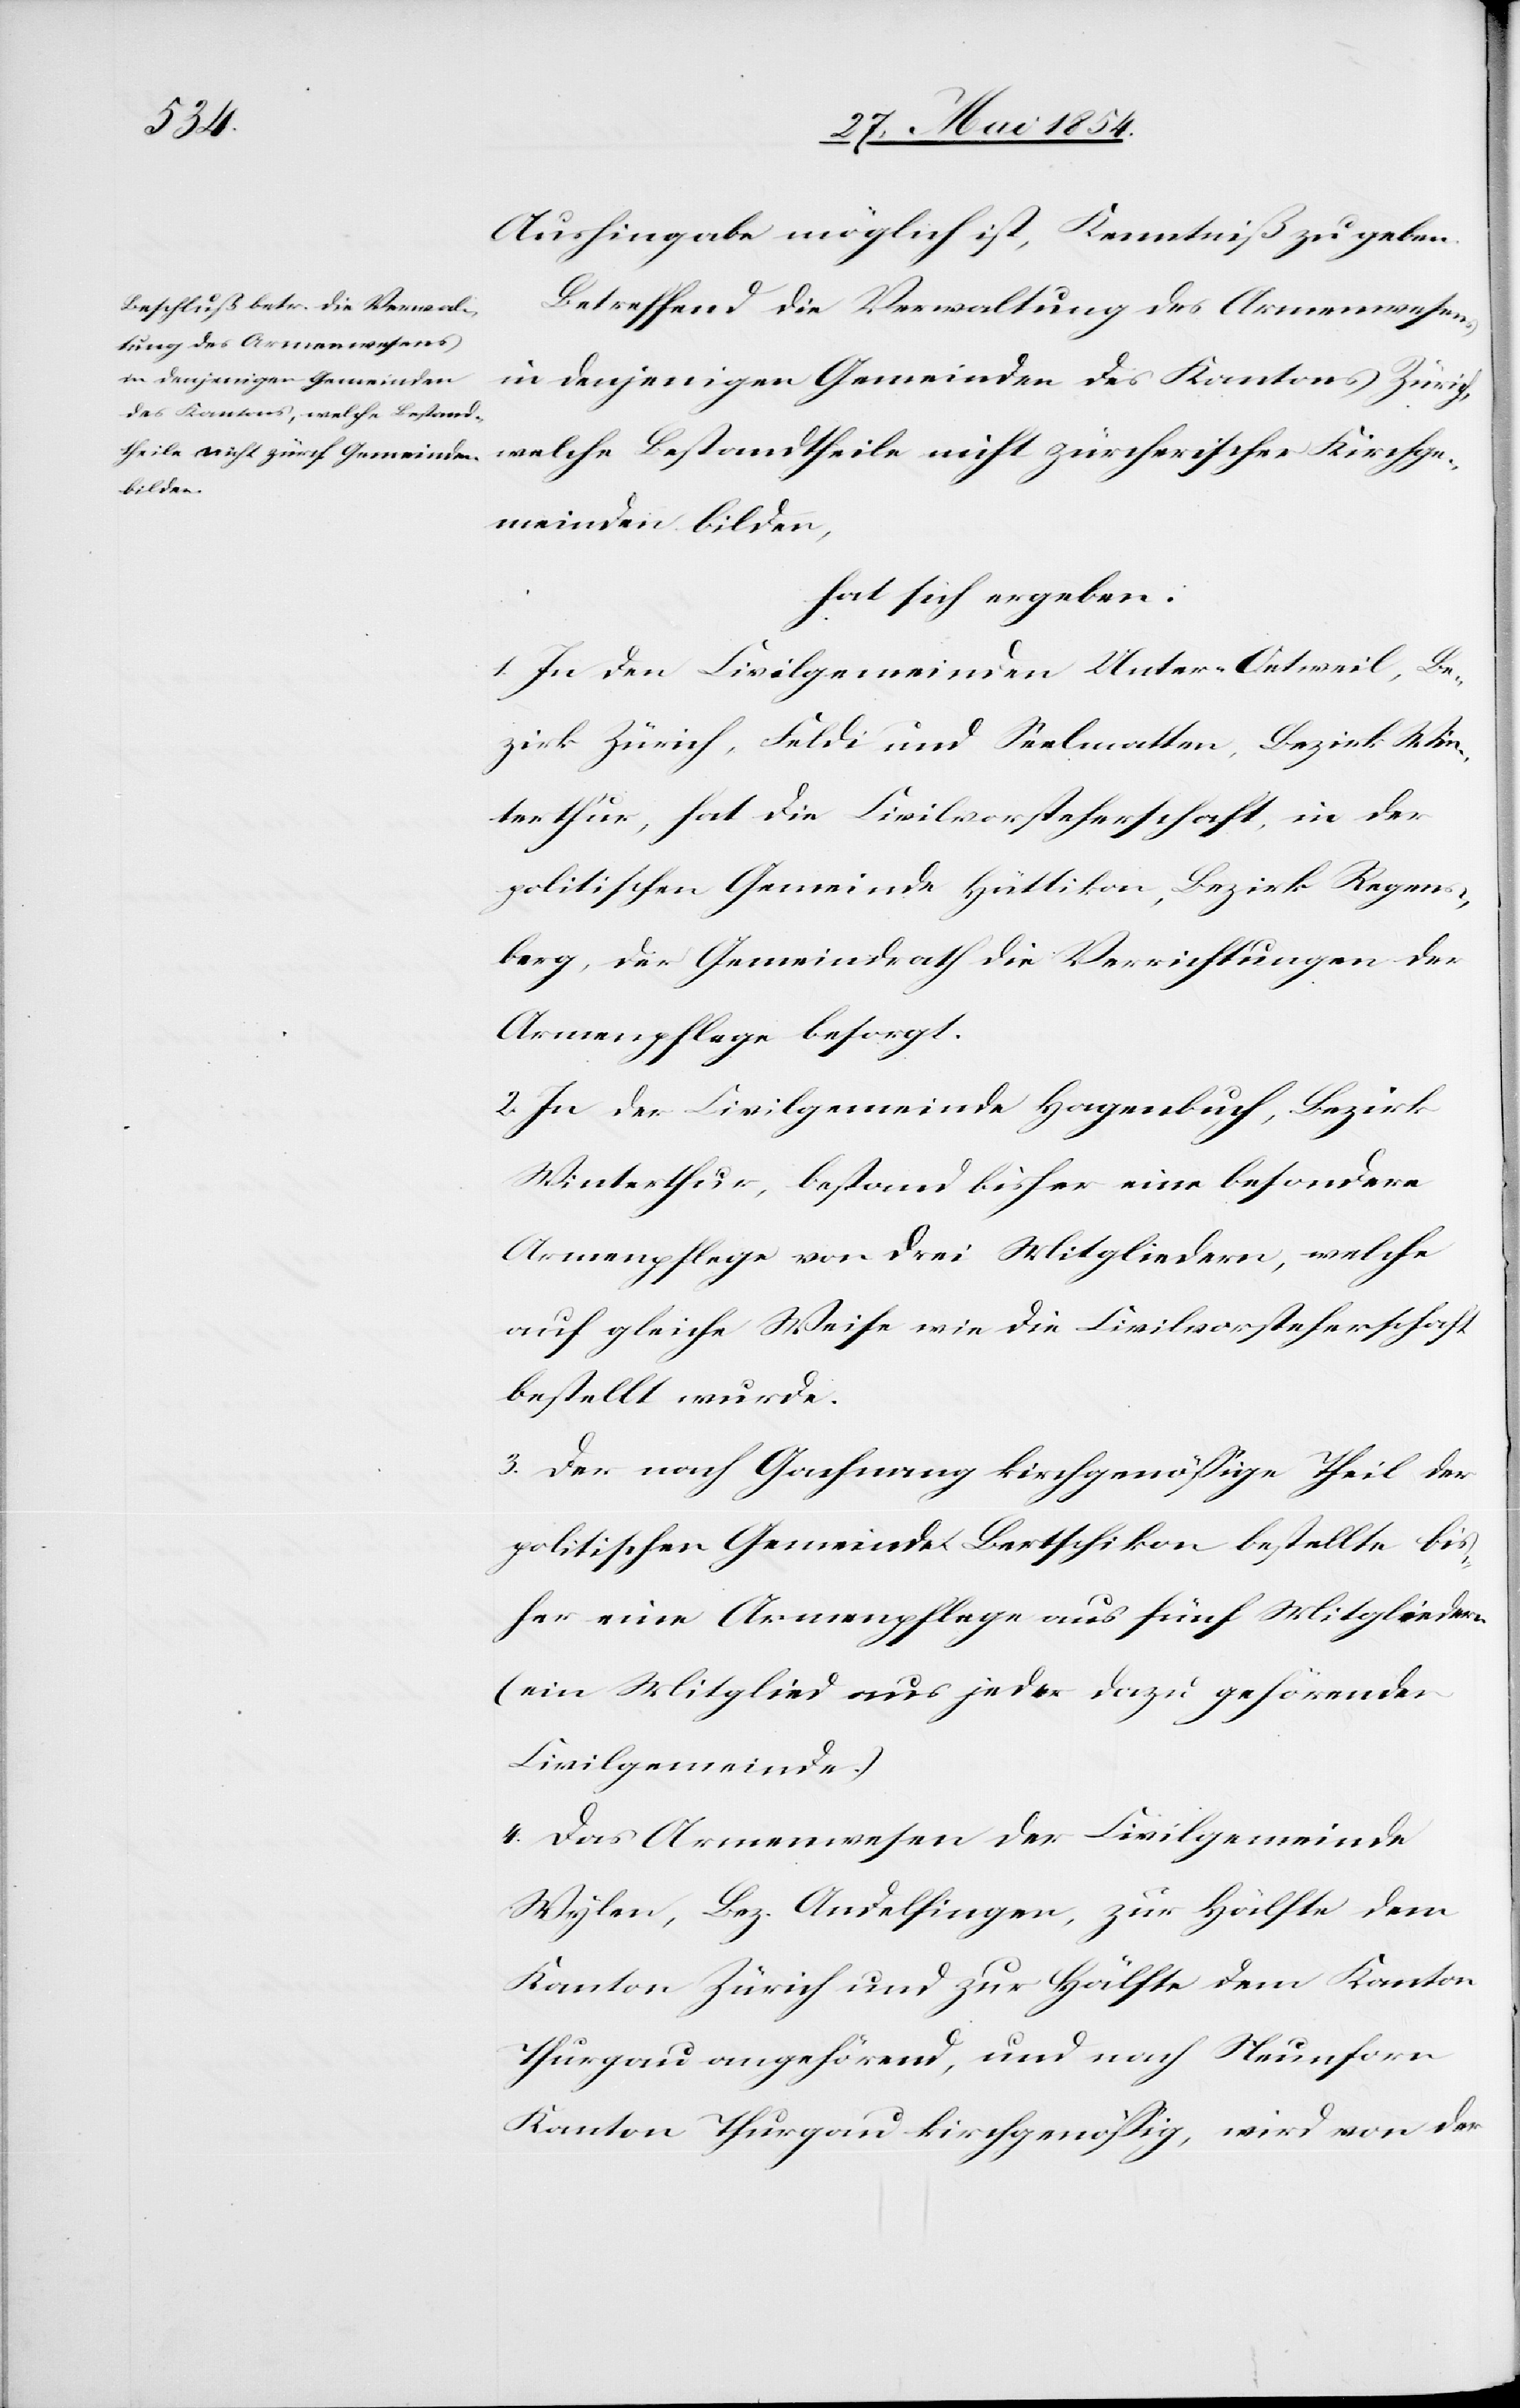
Aushingabe möglich ist, Kenntniß zu geben.
Betreffend die Verwaltung des Armenwesens
in denjenigen Gemeinden des Kantons Zürich,
welche Bestandtheile nicht zürcherischer Kirchge¬
meinden bilden,
hat sich ergeben:
1. In den Civilgemeinden Unter-Oetweil, Be¬
zirk Zürich, Feldi und Seelmatten, Bezirk Win¬
terthur, hat die Civilvorsteherschaft, in der
politischen Gemeinde Hüttikon, Bezirk Regens¬
berg, der Gemeindrath die Verrichtungen der
Armenpflege besorgt.
2. In der Civilgemeinde Hagenbuch, Bezirk
Winterthur, bestand bisher eine besondere
Armenpflege von drei Mitgliedern, welche
auf gleiche Weise wie die Civilvorsteherschaft
bestellt wurde.
3. Der nach Gachnang kirchgenößige Theil der
politischen Gemeinde Bertschikon bestellte bis¬
her eine Armenpflege aus fünf Mitgliedern
(ein Mitglied aus jeder dazu gehörenden
Civilgemeinde.)
4. Das Armenwesen der Civilgemeinde
Wylen, Bez. Andelfingen, zur Hälfte dem
Kanton Zürich und zur Hälfte dem Kanton
Thurgau angehörend, und nach Neunforn
Kanton Thurgau kirchgenößig, wird von der